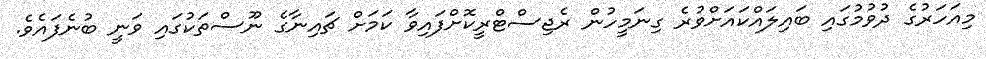
މިއަހަރުގެ ދުވުމުގައި ބައިލައްކައަށްވުރެ ގިނަމީހުން ރެޖިސްޓްރީކޮށްފައިވާ ކަމަށް ޗައިނާގެ ނޫސްތަކުގައި ވަނީ ބުނެފައެވެ.